Scientific memoirs by medical officers of the Army of India - Part XI,
Year: 1898
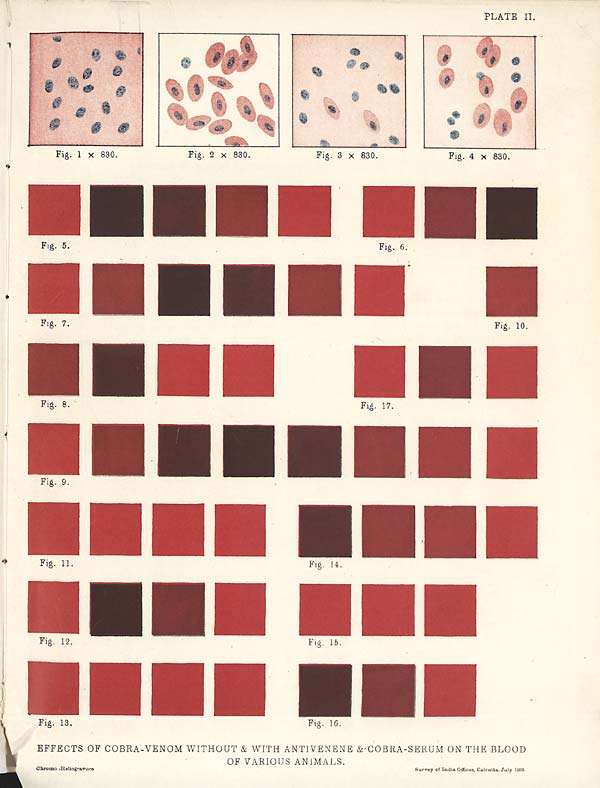
PLATE II.
EFFECTS OF COBRA-VENOM WITHOUT & WITH ANTIVENENE & COBRA-SERUM ON THE BLOOD
OF VARIOUS ANIMALS.
Chromo -Heliogravure
Survey of India Offices, Calcutta, July 1896.